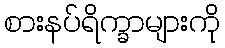
စားနပ်ရိက္ခာများကို